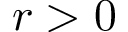
r > 0